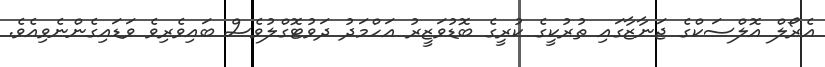
އެރޯލް އޮލްސަކްގެ ޖަނާޒާގައި ތުރުކީގެ ކުރީގެ ބޮޑުވަޒީރު އަހްމަދު ދަވުޓޮގްލުވެސް ބައިވެރިވެ ވަޑައިގެންނެވިއެވެ.